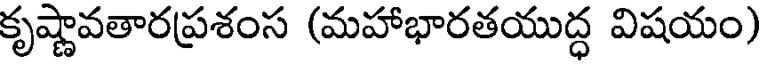
కృష్ణావతారప్రశంస (మహాభారతయుద్ధ విషయం)